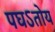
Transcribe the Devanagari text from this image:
पघऽतोय